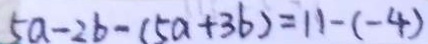
5 a - 2 b - ( 5 a + 3 b ) = 1 1 - ( - 4 )